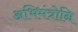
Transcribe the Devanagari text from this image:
अभिमंत्रोनि